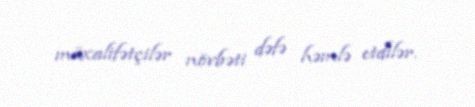
müxalifətçilər növbəti dəfə həmlə etdilər.